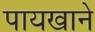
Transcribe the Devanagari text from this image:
पायखाने